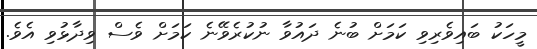
މީހަކު ބައިވެރިވި ކަމަށް ބުނެ ދައުވާ ނުކުރެވޭނެ ކަމަށް ވެސް ވިދާޅުވި އެވެ.